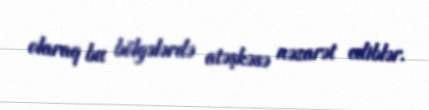
olaraq bu bölgələrdə atəşkəsə nəzarət ediblər.